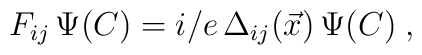
F_{ij}\,\Psi (C)=i/e\,\Delta_{ij}(\vec{x})\,\Psi (C)\;,